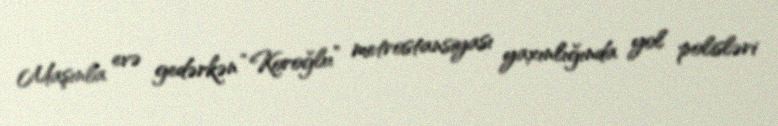
Maşınla evə gedərkən “Koroğlu” metrostansiyası yaxınlığında yol polisləri